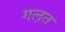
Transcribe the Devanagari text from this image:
गल़त